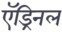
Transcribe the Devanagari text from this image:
ऍड्रिनल